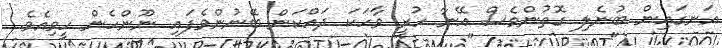
އަނގައިން ބުނެލި ގޮތުންވެސް އޭނާ ހުރީ ވާހަކަ ދައްކަން ބޭނުންވެފައި ނޫންހެން ހީވިއެވެ.